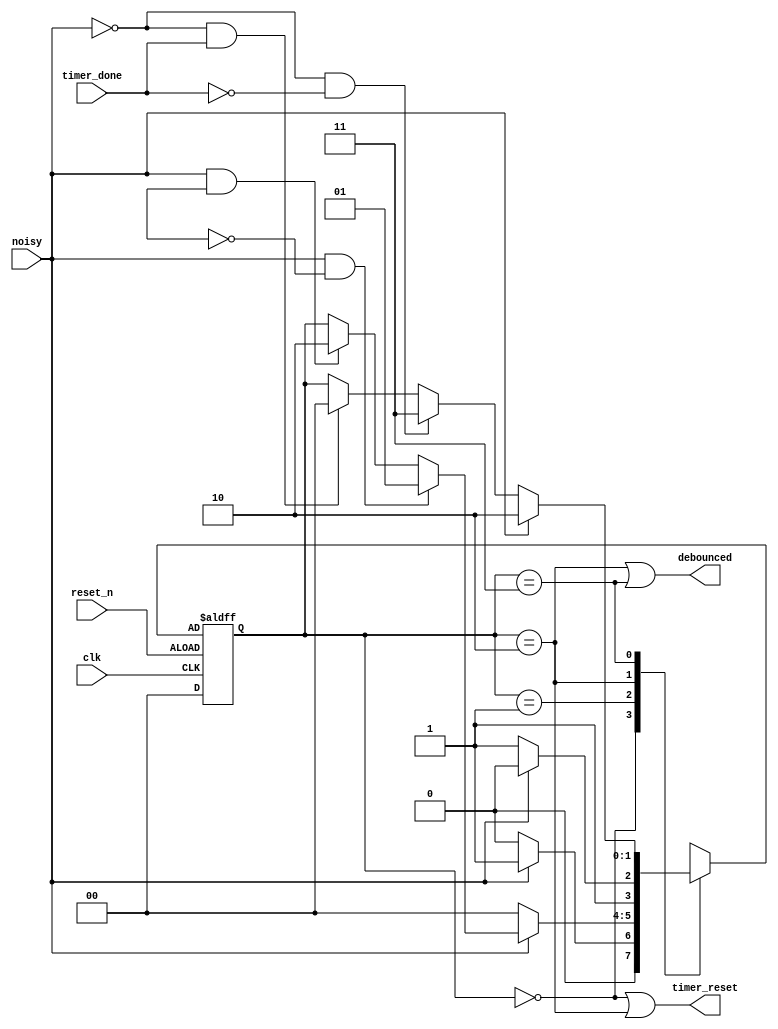
module debouncer_delayed_fsm(
  input clk, reset_n,
  input noisy, timer_done,
  output timer_reset, debounced
);

  reg[1:0] state_reg, state_next;
  parameter s0 = 0, s1 = 1, s2 = 2, s3 = 3;

  always@(posedge clk, negedge reset_n) begin
    if(reset_n)
      state_reg <= 0;
    else
      state_reg <= state_next;
  end

  always@(*) begin
    state_next = state_reg;
    case(state_reg)
      s0:if (~noisy)
        state_next = s0;
      else if (noisy)
        state_next = s1;
      s1:if (~noisy)
        state_next = s0;
      else if (noisy & ~timerdone)
        state_next = s1;
      else if (noisy & timerdone)
        state_next = s2;
      s2: if (~noisy)
        state_next = s3;
      else if( noisy)
        state_next = s2;
      s3: if (noisy)
        state_next = s2;
      else if (~noisy & ~timer_done)
        state_next = s3;
      else if (~noisy & timer_done)
        state_next = s0;
      default: state_next = s0;
    endcase
  end


  assign timer_reset = (state_reg == s0) | (state_reg == s2);
  assign debounced = (state_reg == s2) | (state_reg == s3);

endmodule